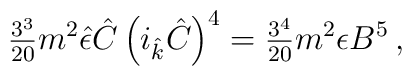
{\textstyle\frac{3^{3}}{20}}m^{2}\hat{\epsilon}\hat{C}\left(i_{\hat{k}}\hat{C}\right)^{4} ={\textstyle\frac{3^{4}}{20}} m^{2}\epsilon B^{5}\, ,